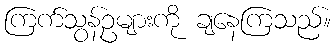
ကြက်သွန်ဥများကို ချနေကြသည်။